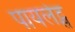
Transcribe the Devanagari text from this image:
पायलेट्स